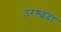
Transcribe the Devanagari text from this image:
उरश्छदा